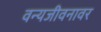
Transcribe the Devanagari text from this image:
वन्यजीवनावर